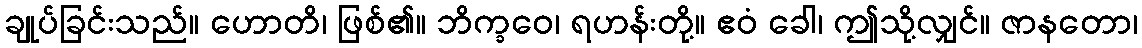
ချုပ်ခြင်းသည်။ ဟောတိ၊ ဖြစ်၏။ ဘိက္ခဝေ၊ ရဟန်းတို့။ ဧဝံ ခေါ၊ ဤသို့လျှင်။ ဇာနတော၊